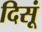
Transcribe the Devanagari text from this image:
दिसूं